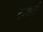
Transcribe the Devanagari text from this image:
नवशती